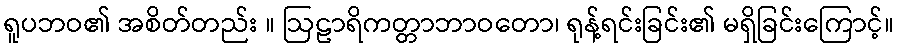
ရူပဘဝ၏ အစိတ်တည်း ။ ဩဠာရိကတ္တာဘာဝတော၊ ရုန့်ရင်းခြင်း၏ မရှိခြင်းကြောင့်။